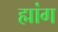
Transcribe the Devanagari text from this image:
ह्मांग